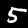
Digit: 5